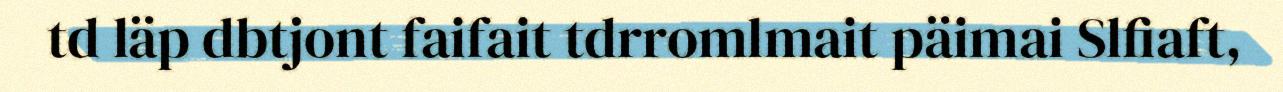
td läp dbtjont faifait tdrromlmait päimai Slfiaft,